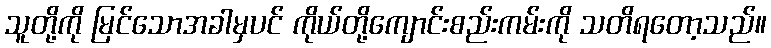
သူတို့ကို မြင်သောအခါမှပင် ကိုယ်တို့ကျောင်းစည်းကမ်းကို သတိရတော့သည်။